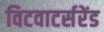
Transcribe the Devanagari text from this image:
विटवाटर्सरेंड